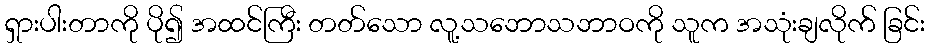
ရှားပါးတာကို ပို၍ အထင်ကြီး တတ်သော လူ့သဘောသဘာဝကို သူက အသုံးချလိုက် ခြင်း